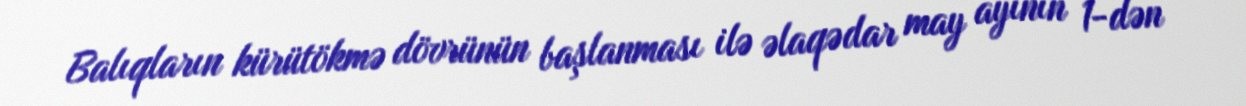
Balıqların kürütökmə dövrünün başlanması ilə əlaqədar may ayının 1-dən